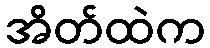
အိတ်ထဲက